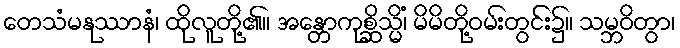
တေသံမနုဿာနံ၊ ထိုလူတို့၏။ အန္တောကုစ္ဆိသ္မိံ၊ မိမိတို့ဝမ်းတွင်း၌။ သမ္ဘဝိတွာ၊